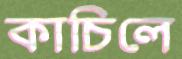
কাচিলে